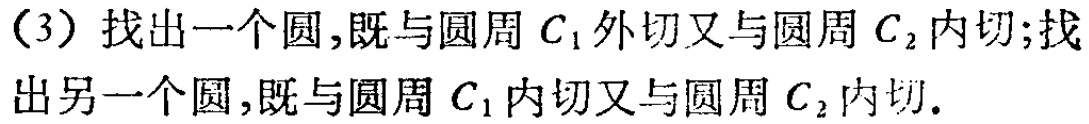
（3）找出一个圆,既与圆周 \(C_{1}\) 外切又与圆周 \(C_{2}\) 内切;找出另一个圆,既与圆周 \(C_{1}\) 内切又与圆周 \(C_{2}\) 内切.